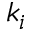
k _ { i }